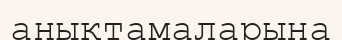
анықтамаларына